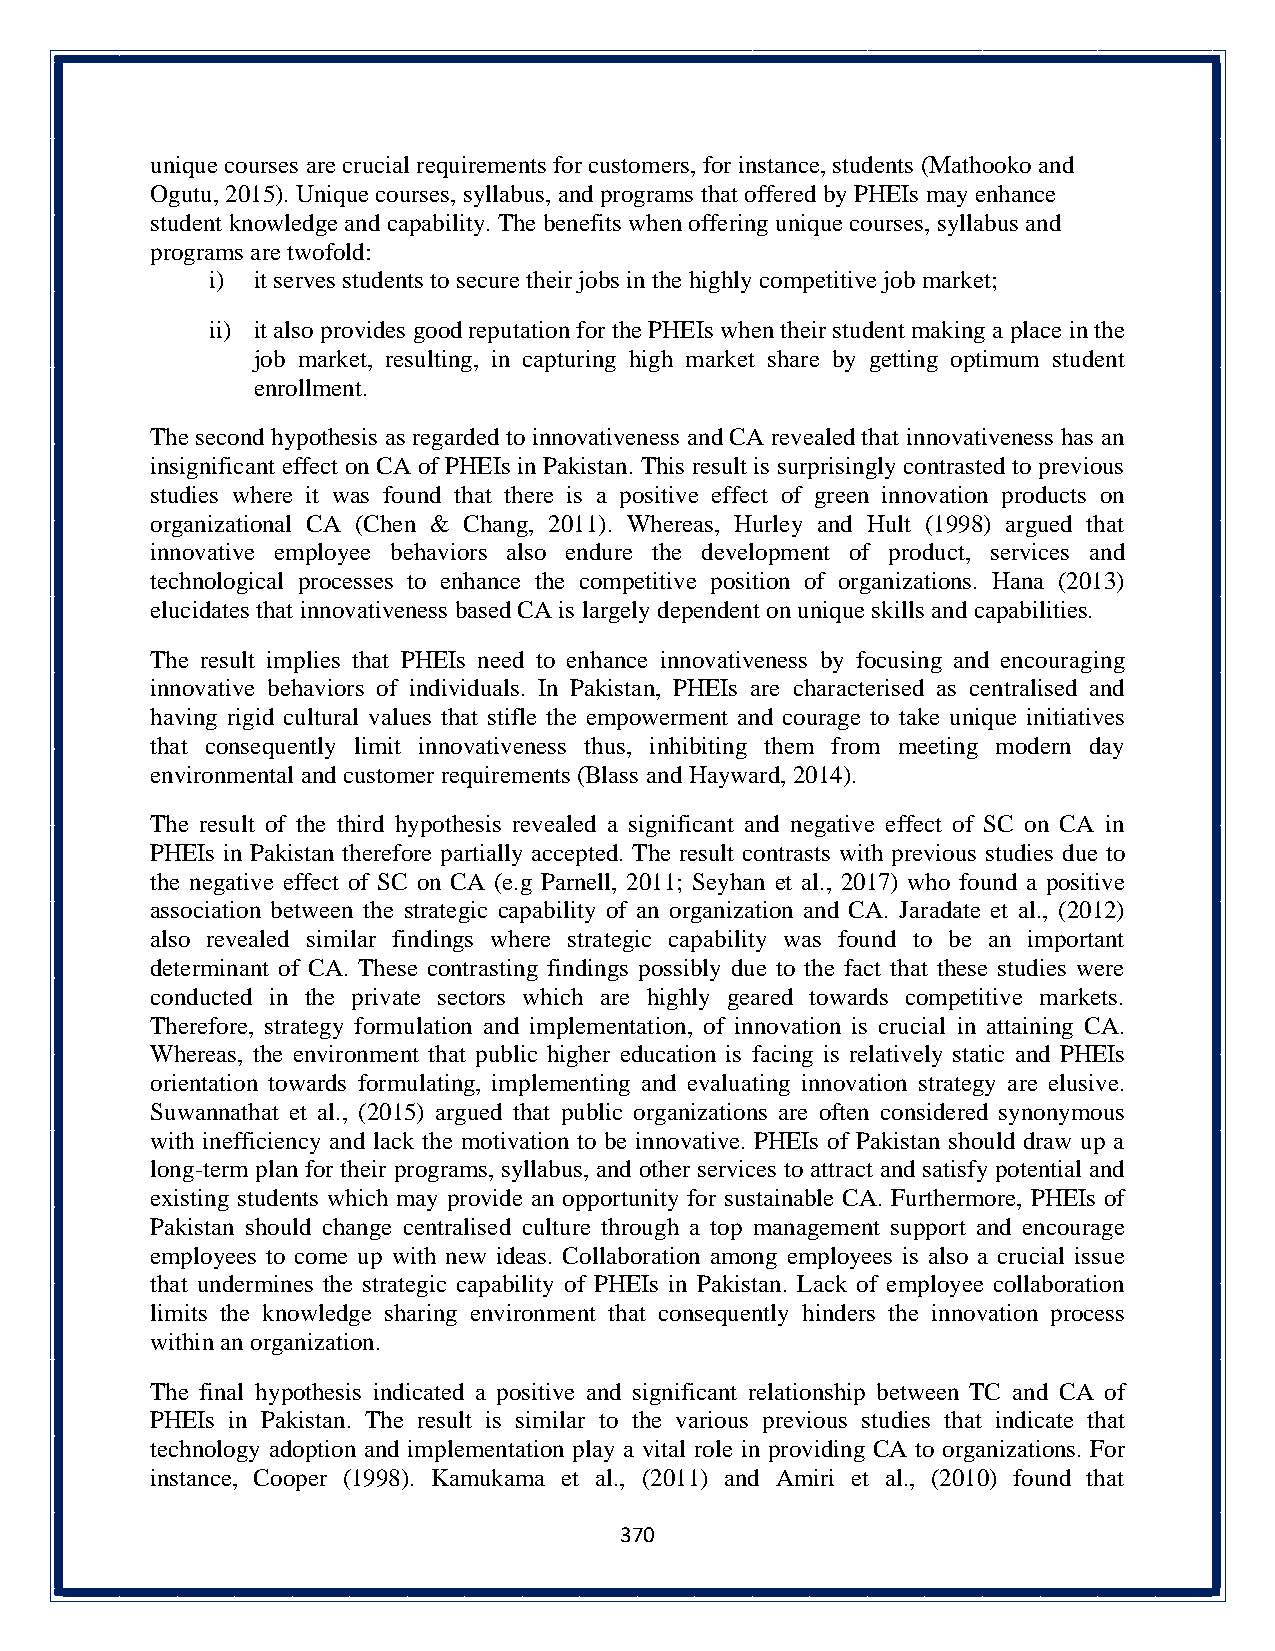
unique courses are crucial requirements for customers, for instance, students (Mathooko and
 Ogutu, 2015). Unique courses, syllabus, and programs that offered by PHEIs may enhance
 student knowledge and capability. The benefits when offering unique courses, syllabus and
 programs are twofold:
 i) it serves students to secure their jobs in the highly competitive job market;
 ii) it also provides good reputation for the PHEIs when their student making a place in the
 job market, resulting, in capturing high market share by getting optimum student
 enrollment.
 The second hypothesis as regarded to innovativeness and CA revealed that innovativeness has an
 insignificant effect on CA of PHEIs in Pakistan. This result is surprisingly contrasted to previous
 studies where it was found that there is a positive effect of green innovation products on
 organizational CA (Chen & Chang, 2011). Whereas, Hurley and Hult (1998) argued that
 innovative employee behaviors also endure the development of product, services and
 technological processes to enhance the competitive position of organizations. Hana (2013)
 elucidates that innovativeness based CA is largely dependent on unique skills and capabilities.
 The result implies that PHEIs need to enhance innovativeness by focusing and encouraging
 innovative behaviors of individuals. In Pakistan, PHEIs are characterised as centralised and
 having rigid cultural values that stifle the empowerment and courage to take unique initiatives
 that consequently limit innovativeness thus, inhibiting them from meeting modern day
 environmental and customer requirements (Blass and Hayward, 2014).
 The result of the third hypothesis revealed a significant and negative effect of SC on CA in
 PHEIs in Pakistan therefore partially accepted. The result contrasts with previous studies due to
 the negative effect of SC on CA (e.g Parnell, 2011; Seyhan et al., 2017) who found a positive
 association between the strategic capability of an organization and CA. Jaradate et al., (2012)
 also revealed similar findings where strategic capability was found to be an important
 determinant of CA. These contrasting findings possibly due to the fact that these studies were
 conducted in the private sectors which are highly geared towards competitive markets.
 Therefore, strategy formulation and implementation, of innovation is crucial in attaining CA.
 Whereas, the environment that public higher education is facing is relatively static and PHEIs
 orientation towards formulating, implementing and evaluating innovation strategy are elusive.
 Suwannathat et al., (2015) argued that public organizations are often considered synonymous
 with inefficiency and lack the motivation to be innovative. PHEIs of Pakistan should draw up a
 long-term plan for their programs, syllabus, and other services to attract and satisfy potential and
 existing students which may provide an opportunity for sustainable CA. Furthermore, PHEIs of
 Pakistan should change centralised culture through a top management support and encourage
 employees to come up with new ideas. Collaboration among employees is also a crucial issue
 that undermines the strategic capability of PHEIs in Pakistan. Lack of employee collaboration
 limits the knowledge sharing environment that consequently hinders the innovation process
 within an organization.
 The final hypothesis indicated a positive and significant relationship between TC and CA of
 PHEIs in Pakistan. The result is similar to the various previous studies that indicate that
 technology adoption and implementation play a vital role in providing CA to organizations. For
 instance, Cooper (1998). Kamukama et al., (2011) and Amiri et al., (2010) found that
 370